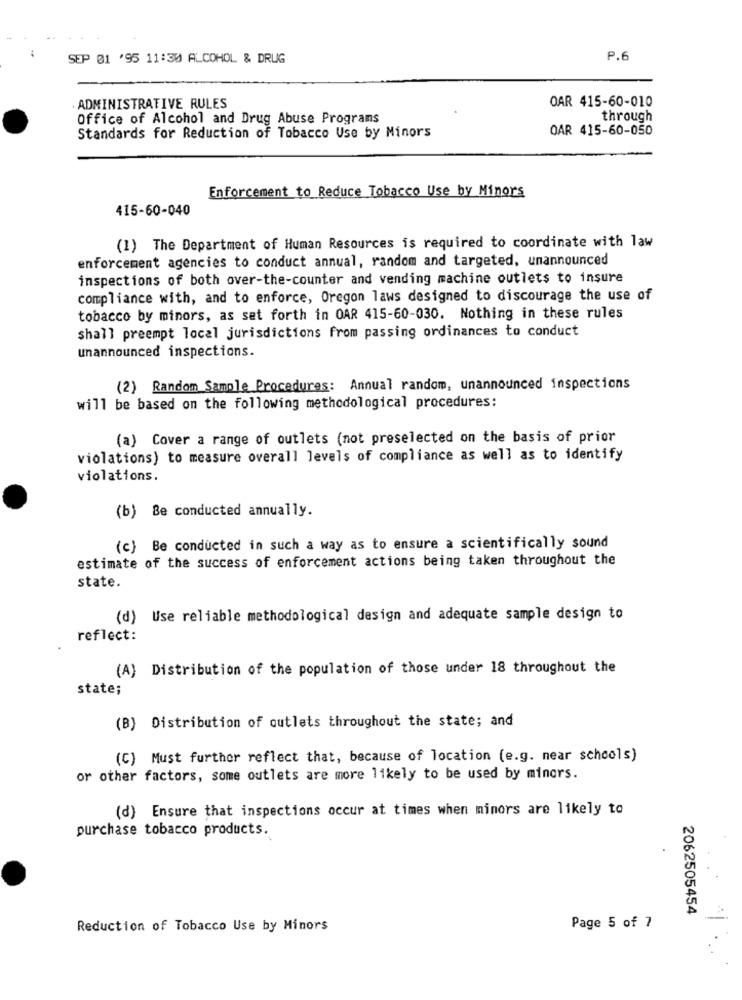
SEP 01 '95 11:30 ALCOHOL & DRUG
P.6
OAR 415-60-010
. ADMINISTRATIVE RULES
Office of Alcohol and Drug Abuse Programs
through
OAR 415-60-050
Standards for Reduction of Tobacco Use by Minors
Enforcement to Reduce Tobacco Use by Minors
415-60-040
(1) The Department of Human Resources is required to coordinate with law
enforcement agencies to conduct annual, random and targeted, unannounced
inspections of both over-the-counter and vending machine outlets to insure
compliance with, and to enforce, Oregon laws designed to discourage the use of
tobacco by minors, as set forth in OAR 415-60-030. Nothing in these rules
shall preempt local jurisdictions from passing ordinances to conduct
unannounced inspections.
(2) Random Sample Procedures: Annual random, unannounced inspections
will be based on the following methodological procedures:
(a) Cover a range of outlets (not preselected on the basis of prior
violations) to measure overall levels of compliance as well as to identify
violations.
(b) Be conducted annually.
(c) Be conducted in such a way as to ensure a scientifically sound
estimate of the success of enforcement actions being taken throughout the
state.
(d) Use reliable methodological design and adequate sample design to
reflect:
(A) Distribution of the population of those under 18 throughout the
state;
(B) Distribution of outlets throughout the state; and
(C) Must further reflect that, because of location (e.g. near schools)
or other factors, some outlets are more likely to be used by minors.
(d) Ensure that inspections occur at times when minors are likely to
purchase tobacco products.
2062505454
Reduction of Tobacco Use by Minors
Page 5 of 7